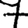
Digit: 7